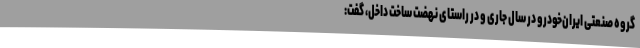
گروه صنعتی ایران‌خودرو در سال جاری و در راستای نهضت ساخت داخل، گفت: